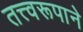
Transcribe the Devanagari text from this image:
तत्त्वरूपाने